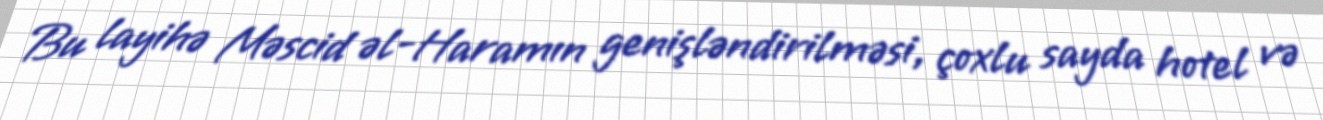
Bu layihə Məscid əl-Haramın genişləndirilməsi, çoxlu sayda hotel və